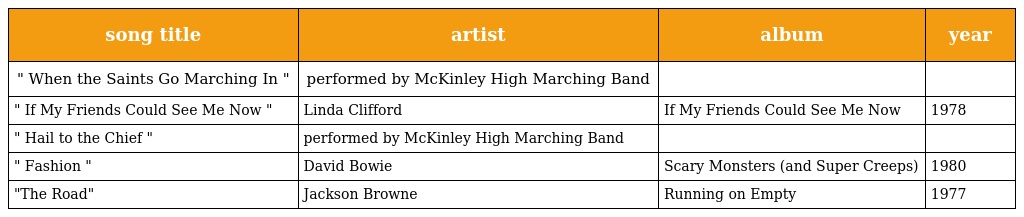
| song title | artist | album | year |
 | --- | --- | --- | --- |
 | " When the Saints Go Marching In " | performed by McKinley High Marching Band |  |  |
 | " If My Friends Could See Me Now " | Linda Clifford | If My Friends Could See Me Now | 1978 |
 | " Hail to the Chief " | performed by McKinley High Marching Band |  |  |
 | " Fashion " | David Bowie | Scary Monsters (and Super Creeps) | 1980 |
 | "The Road" | Jackson Browne | Running on Empty | 1977 |